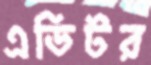
এডিটর